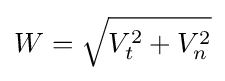
W={\sqrt {V_{t}^{2}+V_{n}^{2}}}